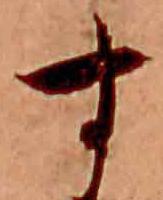
す